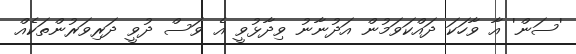
'ސަން' އާ ވާހަކަ ދައްކަވަމުން އަދުނާނު ވިދާޅުވީ އެ ވަސް ދުވީ ދަރިވަރުންތަކެއް